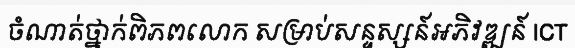
ចំណាត់ថ្នាក់ពិភពលោក សម្រាប់សន្ទស្សន៍អភិវឌ្ឍន៍ ICT